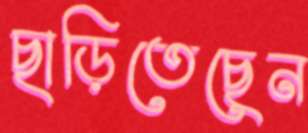
ছাড়িতেছেন